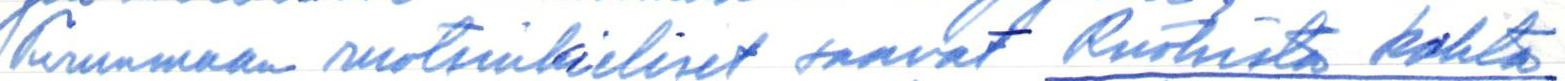
Turunmaan ruotsinkieliset saavat Ruotsista kahta